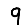
Digit: 9